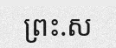
ព្រះ.ស